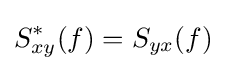
S_{xy}^{*}(f)=S_{yx}(f)